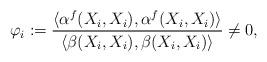
LaTeX: \begin{align*} \varphi_i:=\frac{\langle\alpha^f(X_i,X_i),\alpha^f(X_i,X_i)\rangle}{\langle \beta(X_i,X_i),\beta(X_i,X_i)\rangle}\neq 0,\end{align*}